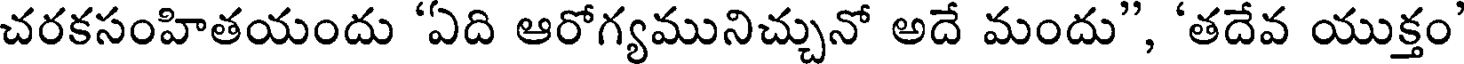
చరకసంహితయందు 'ఏది ఆరోగ్యమునిచ్చునో అదే మందు", 'తదేవ యుక్తం